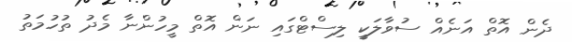
ދެން އޮތް އަނެއް ސުވާލަކީ ލިސްޓްގައި ނަން އޮތް މީހުންނާ މެދު ތުހުމަތު